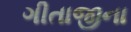
ગીતાજીના